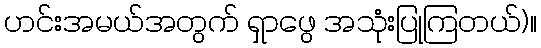
ဟင်းအမယ်အတွက် ရှာဖွေ အသုံးပြုကြတယ်)။